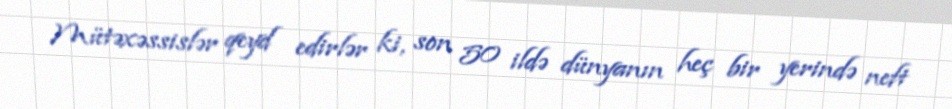
Mütəxəssislər qeyd edirlər ki, son 50 ildə dünyanın heç bir yerində neft